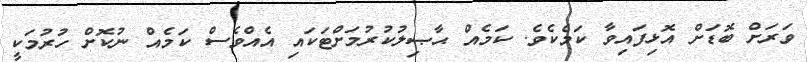
ވަރަށް ބޮޑަށް އޮޅިފައިވާ ކަމެކެވެ. ކަމެއް ޙާޞިލުކުރުމަށްޓަކައި އެއްވެސް ކަމެއް ނުކޮށް ހުރުމަކީ